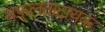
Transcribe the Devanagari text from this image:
सफलतादायक